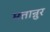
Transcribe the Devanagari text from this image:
मत्तान्नुर